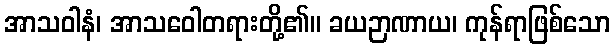
အာသဝါနံ၊ အာသဝေါတရားတို့၏။ ခယဉာဏာယ၊ ကုန်ရာဖြစ်သော